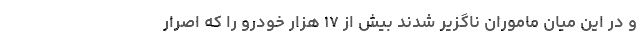
و در این میان ماموران ناگزیر شدند بیش از ۱۷ هزار خودرو را که اصرار